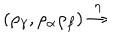
LaTeX: ( \rho _ { \gamma } , \rho _ { \alpha } \rho _ { \beta } ) \stackrel { \eta } { \rightarrow }